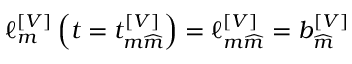
\ell _ { m } ^ { \left[ V \right] } \left( t = t _ { m \widehat { m } } ^ { \left[ V \right] } \right) = \ell _ { m \widehat { m } } ^ { \left[ V \right] } = b _ { \widehat { m } } ^ { \left[ V \right] }